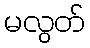
မလွတ်